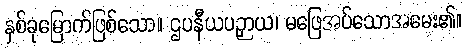
နှစ်ခုမြောက်ဖြစ်သော။ ဌပနီယပဉှာယ၊ မဖြေအပ်သောအမေး၏။